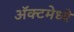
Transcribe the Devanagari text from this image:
ॲक्टमेध्ये